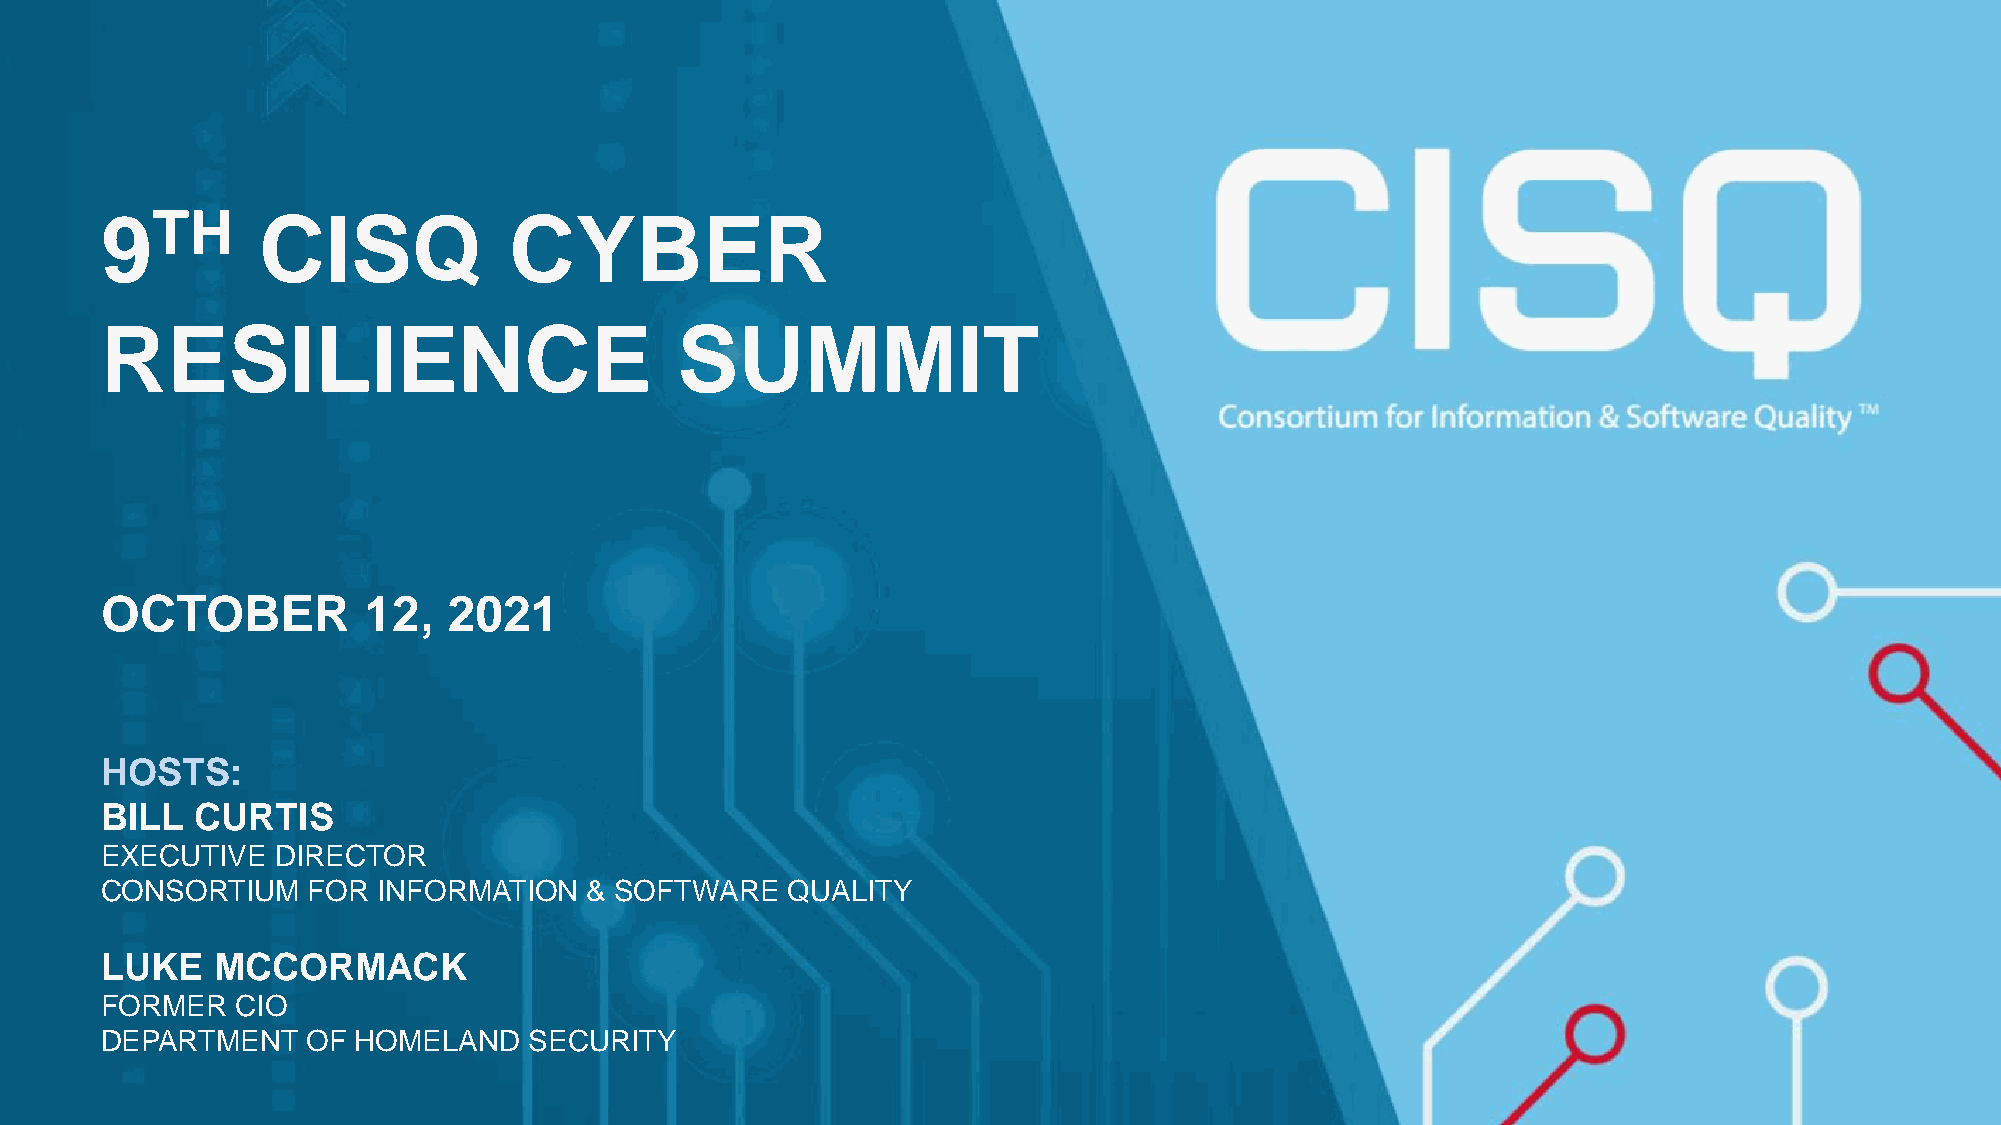
9TH       CISQ             CYBER
 RESILIENCE                            SUMMIT
 OCTOBER          12,   2021
 HOSTS:
 BILL  CURTIS
 EXECUTIVE  DIRECTOR
 CONSORTIUM   FOR  INFORMATION   & SOFTWARE   QUALITY
 LUKE   MCCORMACK
 FORMER   CIO
 DEPARTMENT   OF  HOMELAND   SECURITY